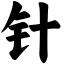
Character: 针